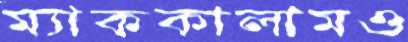
ম্যাককালামও